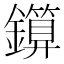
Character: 𨮰